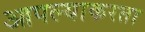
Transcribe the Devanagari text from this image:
आपल्याकरता